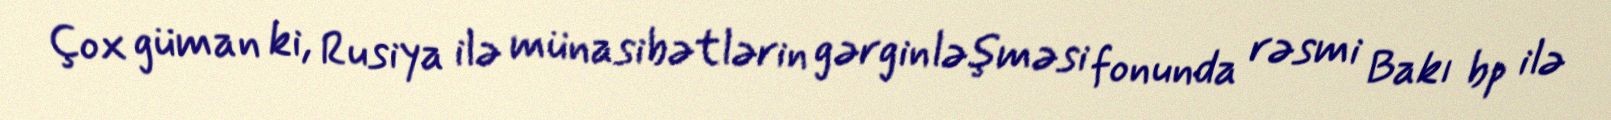
Çox güman ki, Rusiya ilə münasibətlərin gərginləşməsi fonunda rəsmi Bakı bp ilə